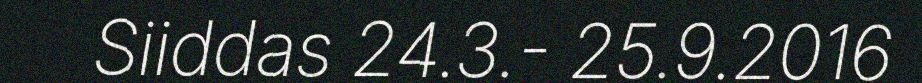
Siiddas 24.3.- 25.9.2016